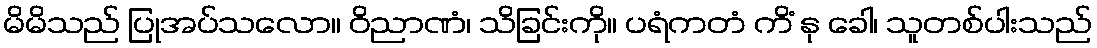
မိမိသည် ပြုအပ်သလော။ ဝိညာဏံ၊ သိခြင်းကို။ ပရံကတံ ကိံ နု ခေါ၊ သူတစ်ပါးသည်